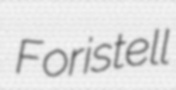
Foristell